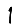
Digit: 1